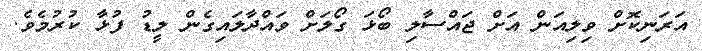
އަރަނިކޮށް ވިލިއަން އަށް ޖައްސާލި ބޯޅަ ގޯލަށް ވައްދާލައިގެން ލީޑު ފުޅާ ކުރުމެވެ.